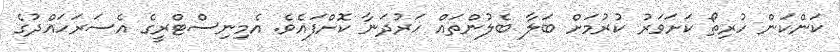
ކަންކަން ހުރިތޯ ކަށަވަރު ކުރުމަށް ބަލާ ބެލުންތައް ހަރުދަނާ ކޮށްފައެވެ. އެމިނިސްޓްރީގެ އެސަރަހައްދުގެ